Report on lock hospitals in British Burma
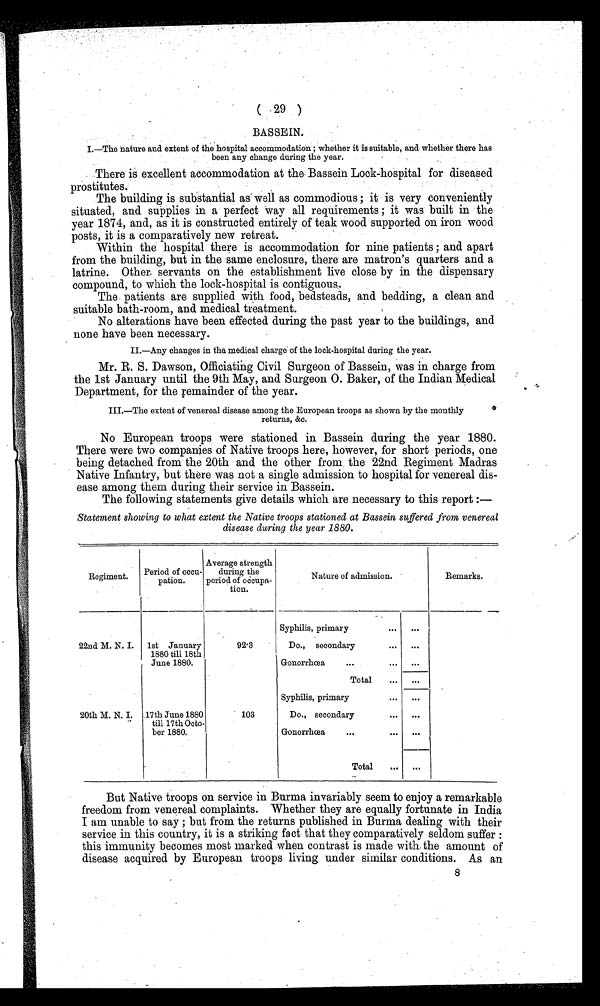
( 29 )
BASSEIN.
I.—The nature and extent of the hospital accommodation ; whether it is suitable, and whether there has
been any change during the year.
There is excellent accommodation at the Bassein Lock-hospital for diseased
prostitutes.
The building is substantial as well as commodious ; it is very conveniently
situated, and supplies in a perfect way all requirements ; it was built in the
year 1874, and, as it is constructed entirely of teak wood supported on iron wood
posts, it is a comparatively new retreat.
Within the hospital there is accommodation for nine patients ; and apart
from the building, but in the same enclosure, there are matron's quarters and a
latrine. Other servants on the establishment live close by in the dispensary
compound, to which the lock-hospital is contiguous..
The patients are supplied with food, bedsteads, and bedding, a clean and
suitable bath-room, and medical treatment.
No alterations have been effected during the past year to the buildings, and
none have been necessary.
II.—Any changes in tha medical charge of the lock-hospital during the year.
Mr. R. S. Dawson, Officiating Civil Surgeon of Bassein, was in charge from
the 1st January until the 9th May, and Surgeon O. Baker, of the Indian Medical
Department, for the remainder of the year.
III.—The extent of venereal disease among. the European troops as shown by the monthly
returns, &c.
No European troops were stationed in Bassein during the year 1880.
There were two companies of Native troops here, however, for short periods, one
being detached from the 20th and the other from, the 22nd Regiment Madras
Native Infantry, but there was not a single admission to hospital for venereal dis-
ease among them during their service in Bassein.
The following statements give details which are necessary to this report :—
Statement showing to what extent the Native troops stationed at Bassein suffered from venereal
disease during the year 1880.
Regiment.
Period of occu
pation.
Average strength
during the
period of occupa
tion.
Nature of admission.
Remarks.
92.3
Syphilis, primary
. . .
22nd M. N. I.
1st January
1880 till 18th
June 1880.
Do., secondary
. . .
. . .
Gonorrhœa
...
. . .
. . .
20th M. N. I.
103
Total
...
...
Syphilis, primary
. . .
. . .
17th June 1880
till 17th Octo
ber 1880.
Do., secondary
. . .
. . .
Gonorrhœa
...
. . .
...
Total
...
...
But Native troops on service in Burma invariably seem to enjoy a remarkable
freedom from venereal complaints. Whether they are equally fortunate in India
I am unable to say ; but from the returns published in Burma dealing with their
service in this country, it is a striking fact that they comparatively seldom suffer :
this immunity becomes most marked when contrast is made with. the amount of
disease acquired by European troops living under similar conditions. As an
8